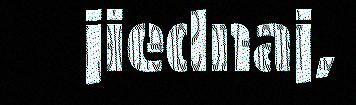
jiednaj,